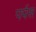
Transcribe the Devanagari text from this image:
पर्पस